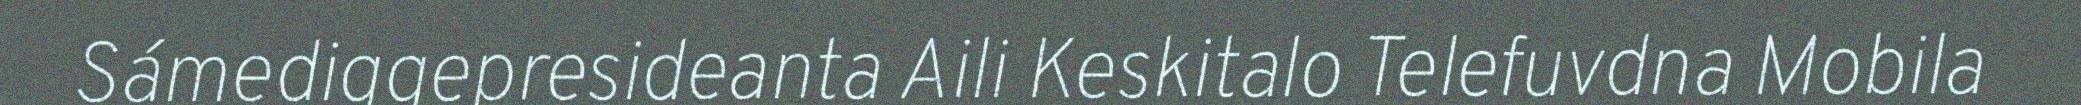
Sámediggepresideanta Aili Keskitalo Telefuvdna Mobila